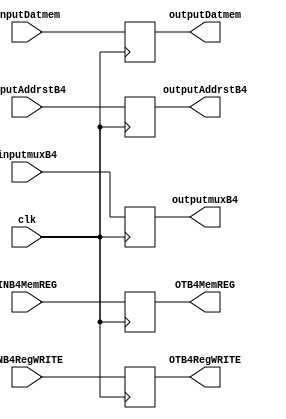
`timescale 1ns/1ns
//1.Creacion del modulo 
//Declaracion del modulo con sus entradas y salidas 
module buffer4
	(
	//UNIDAD DE CONTROL
	//ENTRADAS
	//WB
	input INB4MemREG,
	input INB4RegWRITE,
	//RESTO
	input clk,
	input [31:0] inputDatmem,
  	input [31:0] inputAddrstB4,
	input [4:0] inputmuxB4,
	//UNIDAD DE CONTROL
	//SALIDAS
	//WB
	output reg OTB4MemREG,
	output reg OTB4RegWRITE,
	//RESTO
	output reg [31:0] outputDatmem,
	output reg [31:0] outputAddrstB4,
	output reg [4:0] outputmuxB4
	);
	always @(posedge clk)
	begin
		OTB4MemREG = INB4MemREG;
		OTB4RegWRITE = INB4RegWRITE;
		outputDatmem = inputDatmem;
		outputAddrstB4 = inputAddrstB4;
		outputmuxB4 = inputmuxB4;
	end
endmodule